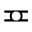
\eqcirc